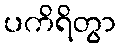
ပကိရိတွာ